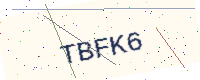
Text: TBFK6